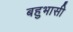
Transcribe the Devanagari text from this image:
बहुभासी